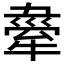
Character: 𤛉